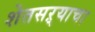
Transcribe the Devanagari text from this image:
शेतसऱ्याचा